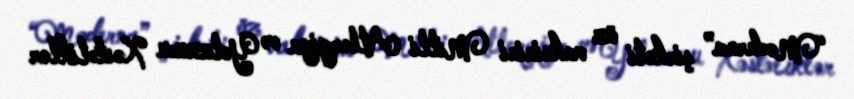
“Moderna” şirkəti öz vaksinini Milli Allergiya və Yoluxucu Xəstəliklər